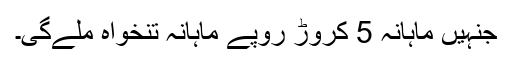
جنہیں ماہانہ 5 کروڑ روپے ماہانہ تنخواہ ملےگی۔